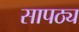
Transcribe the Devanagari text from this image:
सापठ्य